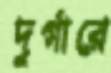
দুর্গারে